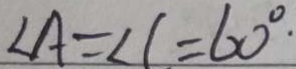
\angle A = \angle C = 6 0 ^ { \circ } \cdot